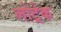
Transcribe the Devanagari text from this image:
लोट्रेक